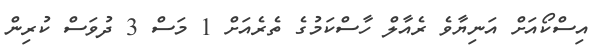
އިސްކޯއަށް އަނިޔާވެ ރެއާލް ހާސްކަމުގެ ތެރެއަށް 1 މަސް 3 ދުވަސް ކުރިން